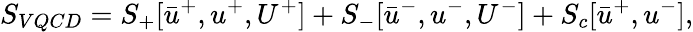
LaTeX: S_{VQCD}=S_{+}[\bar{u}^{+},u^{+},U^{+}]+S_{-}[\bar{u}^{-},u^{-},U^{-}]+S_{c}[\bar{u}^{+},u^{-}],